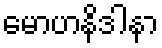
မောဟနိဒါနာ